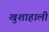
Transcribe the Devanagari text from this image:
खुशाहाली